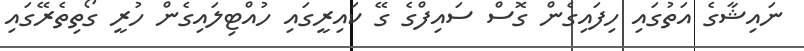
ނައިޝާގެ އަތުގައި ހިފައިގެން ގޮސް ސައިފްގެ ގޭ ކައިރީގައި ހުއްޓިލައިގެން ހުރީ ގޯތިތެރޭގައި